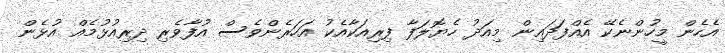
އެހެން މީހުންނެކޭ އެއްފަދައިން މިއަދު ހެޔޮލަފާ ފިރިއަކާއެކު އަހަރެންވެސް އުފާވެރި ދިރިއުޅުމެއް އުޅެން